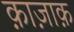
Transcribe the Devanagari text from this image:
क़ाज़ाक़